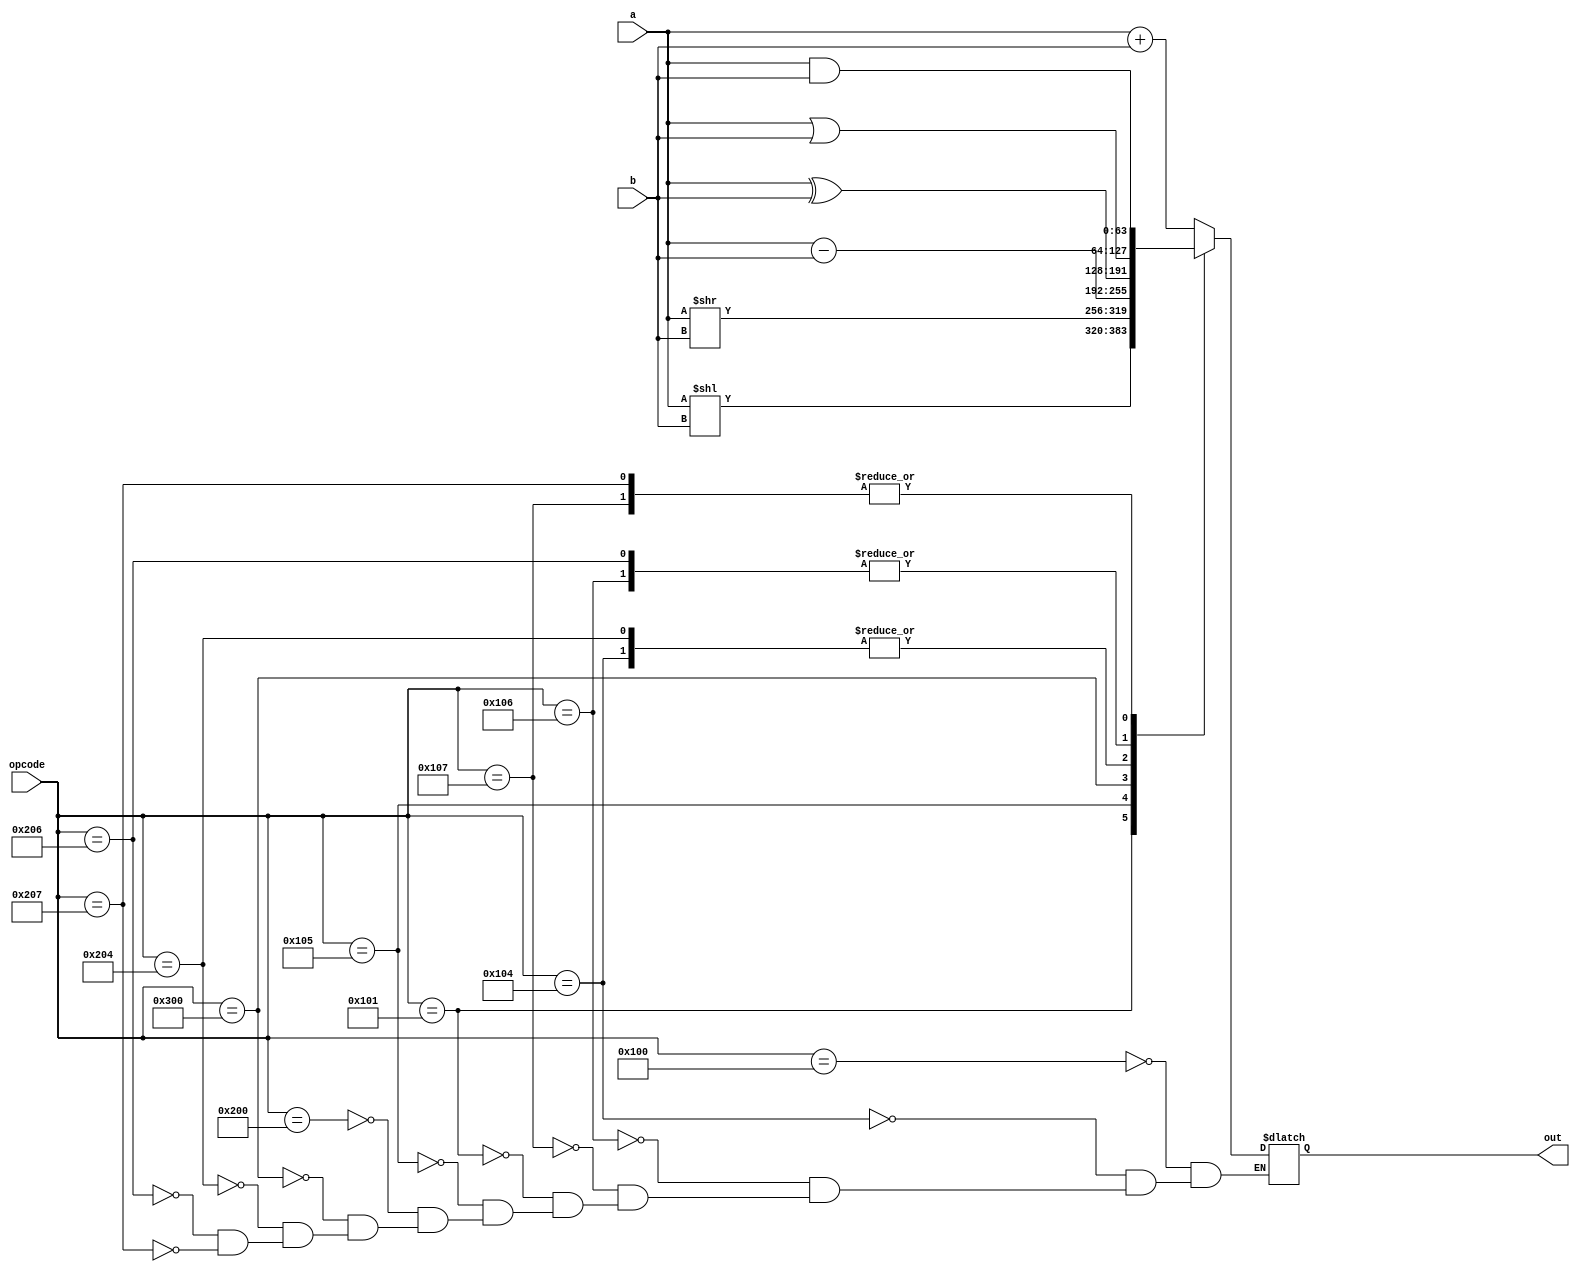
module ALU #(
    parameter DATA_W = 64
) (
    input   [9:0]           opcode,
    input   [DATA_W-1:0]    a,
    input   [DATA_W-1:0]    b,
    output  [DATA_W-1:0]    out
);

reg [DATA_W-1:0] out_r;

assign out = out_r;

always @(*) begin
    case (opcode)
        10'b0100000000: out_r = a + b;
        10'b0100000100: out_r = a ^ b;
        10'b0100000110: out_r = a | b;
        10'b0100000111: out_r = a & b;
        10'b0100000001: out_r = a << b;
        10'b0100000101: out_r = a >> b;
        10'b1000000000: out_r = a + b; 
        10'b1100000000: out_r = a - b; 
        10'b1000000100: out_r = a ^ b; 
        10'b1000000110: out_r = a | b; 
        10'b1000000111: out_r = a & b; 
    endcase
end

endmodule